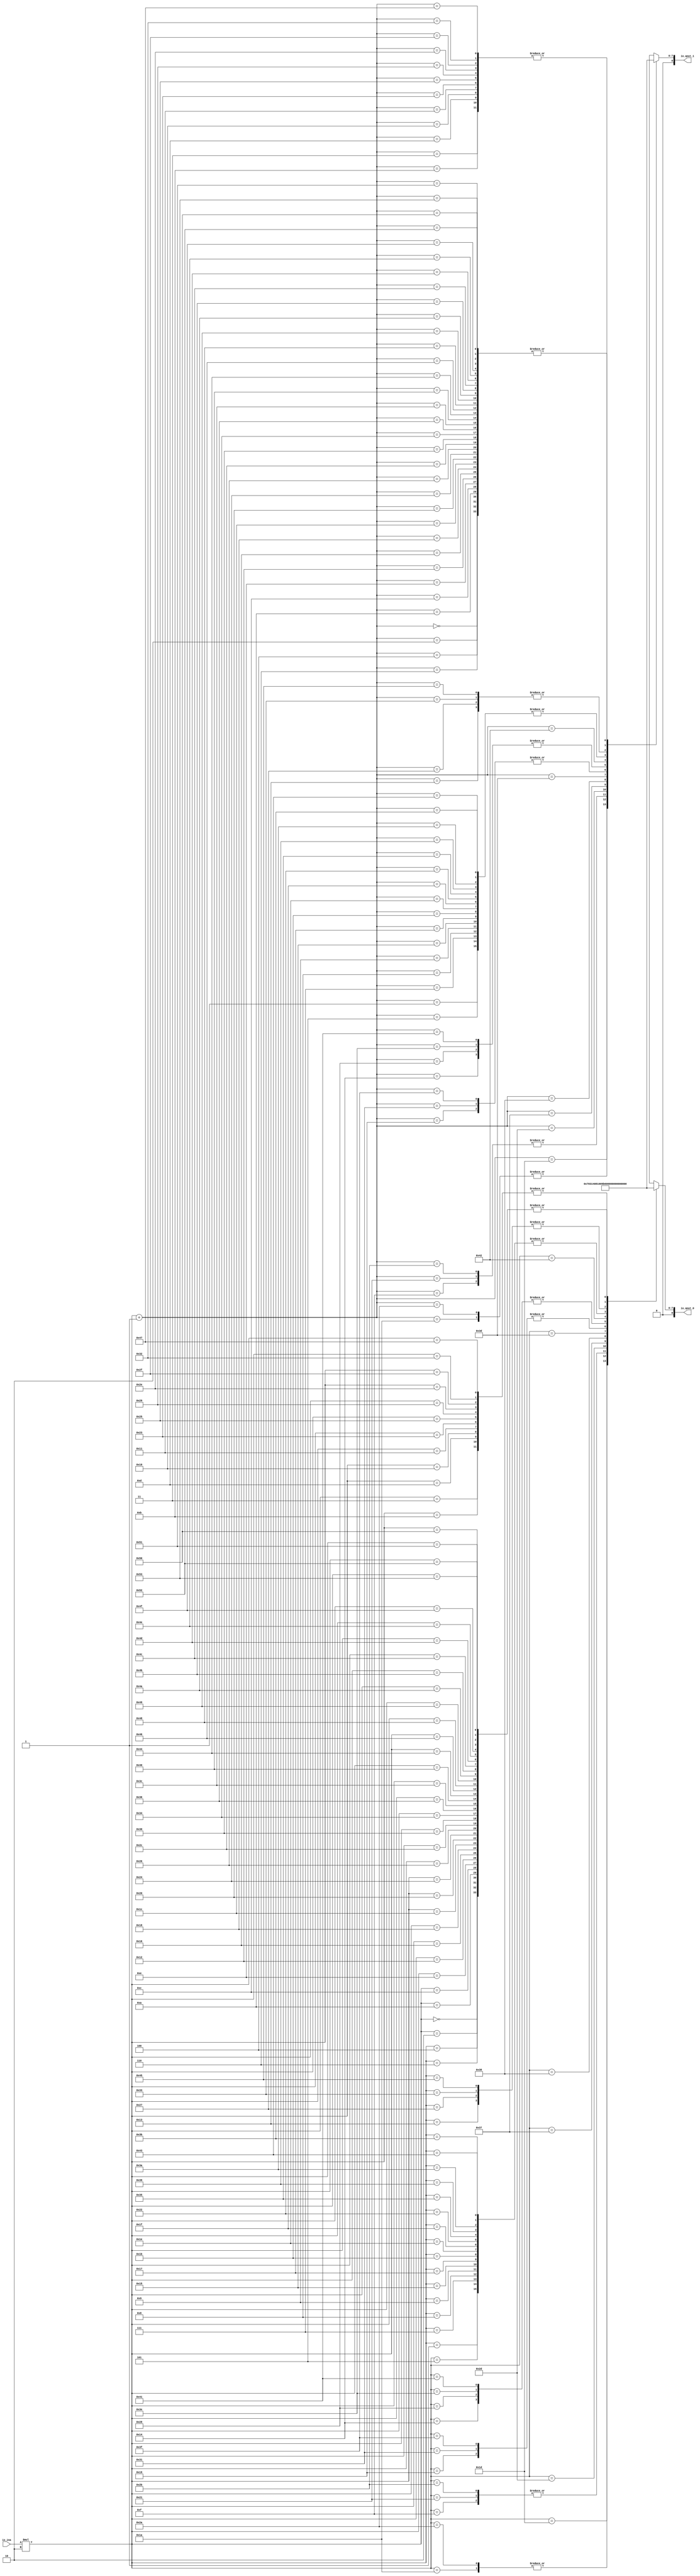
module qoutLUT(
    input [5:0] io_ina,
    output[8:0] io_qout_0,
    output[8:0] io_qout_1
);

  wire[8:0] T0;
  wire[7:0] T1;
  reg [7:0] T2 [83:0];
  wire[6:0] T3;
  wire[7:0] T4;
  wire[7:0] index;
  wire[8:0] T5;
  wire[7:0] T6;
  wire[6:0] T7;


  assign io_qout_1 = T0;
  assign T0 = {1'h0, T1};
`ifndef SYNTHESIS
  assign T1 = T3 >= 7'h54 ? {1{$random}} : T2[T3];
`else
  assign T1 = T2[T3];
`endif
  always @(*) begin
    T2[0] = 8'h0;
    T2[1] = 8'h2;
    T2[2] = 8'h0;
    T2[3] = 8'h1;
    T2[4] = 8'h0;
    T2[5] = 8'h2;
    T2[6] = 8'h0;
    T2[7] = 8'h2;
    T2[8] = 8'h2;
    T2[9] = 8'h2;
    T2[10] = 8'h0;
    T2[11] = 8'h1;
    T2[12] = 8'h0;
    T2[13] = 8'h1;
    T2[14] = 8'h0;
    T2[15] = 8'h14;
    T2[16] = 8'h1;
    T2[17] = 8'h1;
    T2[18] = 8'h0;
    T2[19] = 8'h5;
    T2[20] = 8'h4;
    T2[21] = 8'h2;
    T2[22] = 8'h0;
    T2[23] = 8'h2;
    T2[24] = 8'h0;
    T2[25] = 8'ha;
    T2[26] = 8'h3;
    T2[27] = 8'h2;
    T2[28] = 8'h0;
    T2[29] = 8'h7;
    T2[30] = 8'h2;
    T2[31] = 8'h2;
    T2[32] = 8'h0;
    T2[33] = 8'h14;
    T2[34] = 8'h2;
    T2[35] = 8'h1;
    T2[36] = 8'h0;
    T2[37] = 8'h1;
    T2[38] = 8'h0;
    T2[39] = 8'h5;
    T2[40] = 8'h4;
    T2[41] = 8'h1;
    T2[42] = 8'h3;
    T2[43] = 8'h14;
    T2[44] = 8'h0;
    T2[45] = 8'h8;
    T2[46] = 8'h1;
    T2[47] = 8'h1;
    T2[48] = 8'h0;
    T2[49] = 8'ha;
    T2[50] = 8'h1;
    T2[51] = 8'h5;
    T2[52] = 8'h0;
    T2[53] = 8'h2;
    T2[54] = 8'h0;
    T2[55] = 8'h10;
    T2[56] = 8'h9;
    T2[57] = 8'h2;
    T2[58] = 8'h2;
    T2[59] = 8'h2;
    T2[60] = 8'h0;
    T2[61] = 8'hb6;
    T2[62] = 8'h4;
    T2[63] = 8'ha;
    T2[64] = 8'h0;
    T2[65] = 8'h4;
    T2[66] = 8'hd;
    T2[67] = 8'h2;
    T2[68] = 8'h0;
    T2[69] = 8'h5;
    T2[70] = 8'h0;
    T2[71] = 8'h1;
    T2[72] = 8'h0;
    T2[73] = 8'h0;
    T2[74] = 8'h0;
    T2[75] = 8'h0;
    T2[76] = 8'h0;
    T2[77] = 8'h0;
    T2[78] = 8'h0;
    T2[79] = 8'h0;
    T2[80] = 8'h0;
    T2[81] = 8'h0;
    T2[82] = 8'h0;
    T2[83] = 8'h0;
  end
  assign T3 = T4[3'h6:1'h0];
  assign T4 = index + 8'h1;
  assign index = io_ina * 2'h2;
  assign io_qout_0 = T5;
  assign T5 = {1'h0, T6};
`ifndef SYNTHESIS
  assign T6 = T7 >= 7'h54 ? {1{$random}} : T2[T7];
`else
  assign T6 = T2[T7];
`endif
  assign T7 = index[3'h6:1'h0];
endmodule